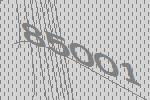
85001